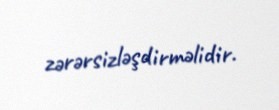
zərərsizləşdirməlidir.